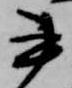
書